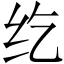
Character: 纥